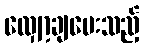
လျှော့ချပေးသည့်